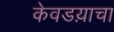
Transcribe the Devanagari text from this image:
केवडय़ाचा